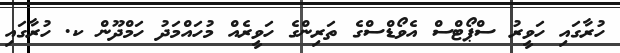
ހުރާގައި ހަވީރު ސްޕޯޓްސް އެވޯޑްސްގެ ތަރިންގެ ހަވީރެއް މުހައްމަދު ހަމްދޫން ކ. ހުރާގައި